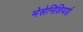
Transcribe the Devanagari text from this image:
मेसेनिशियाई